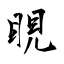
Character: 睍